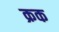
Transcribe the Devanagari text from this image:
क्रक